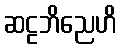
ဆဠဘိညေဟိ